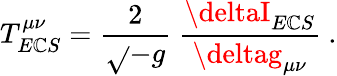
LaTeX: T_{E\mathbb{C}S}^{\mu\nu}=\frac{{2}}{{\sqrt{}{{-g}}}}\ \frac{{\deltaI_{E\mathbb{C}S}}}{{\deltag_{\mu\nu}}}\ .